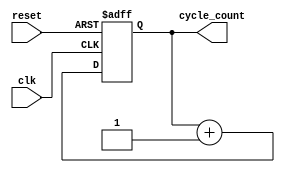
module clock_cycle_initialization (
    input wire clk,         // Clock signal
    input wire reset,       // Reset signal
    output reg [31:0] cycle_count  // 32-bit cycle count
);

// Always block that monitors the clock and reset signals
always @(posedge clk or posedge reset) begin
    if (reset) begin
        // If reset is high, initialize cycle_count to zero
        cycle_count <= 32'b0;
    end else begin
        // Increment cycle_count on each rising edge of clk when not in reset
        cycle_count <= cycle_count + 1;
    end
end

endmodule